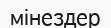
мінездер